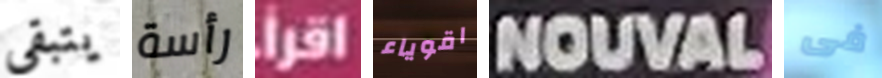
يتبقى رأسة إقرأ اقوياء NOUVAL فى